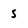
Character: S